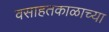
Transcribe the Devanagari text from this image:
वसाहतकाळाच्या